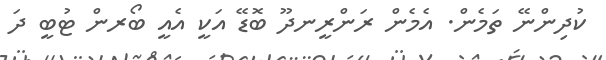
ކުދިންނޭ ތަމެން. އެމެން ރަންރީނދޫ ބޮޑޭ އަކީ އެއީ ބޯރން ޓުބީ ދަ